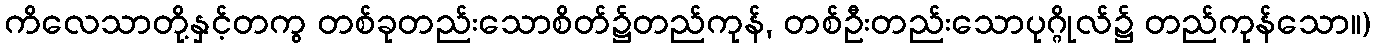
ကိလေသာတို့နှင့်တကွ တစ်ခုတည်းသောစိတ်၌တည်ကုန်, တစ်ဦးတည်းသောပုဂ္ဂိုလ်၌ တည်ကုန်သော။)